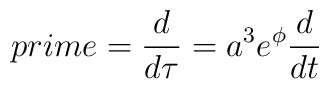
prime=\frac{d}{d\tau}=a^{3}e^{\phi}\frac{d}{dt}